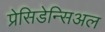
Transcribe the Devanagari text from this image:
प्रेसिडेन्सिअल